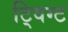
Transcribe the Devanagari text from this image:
ट्विग्ट